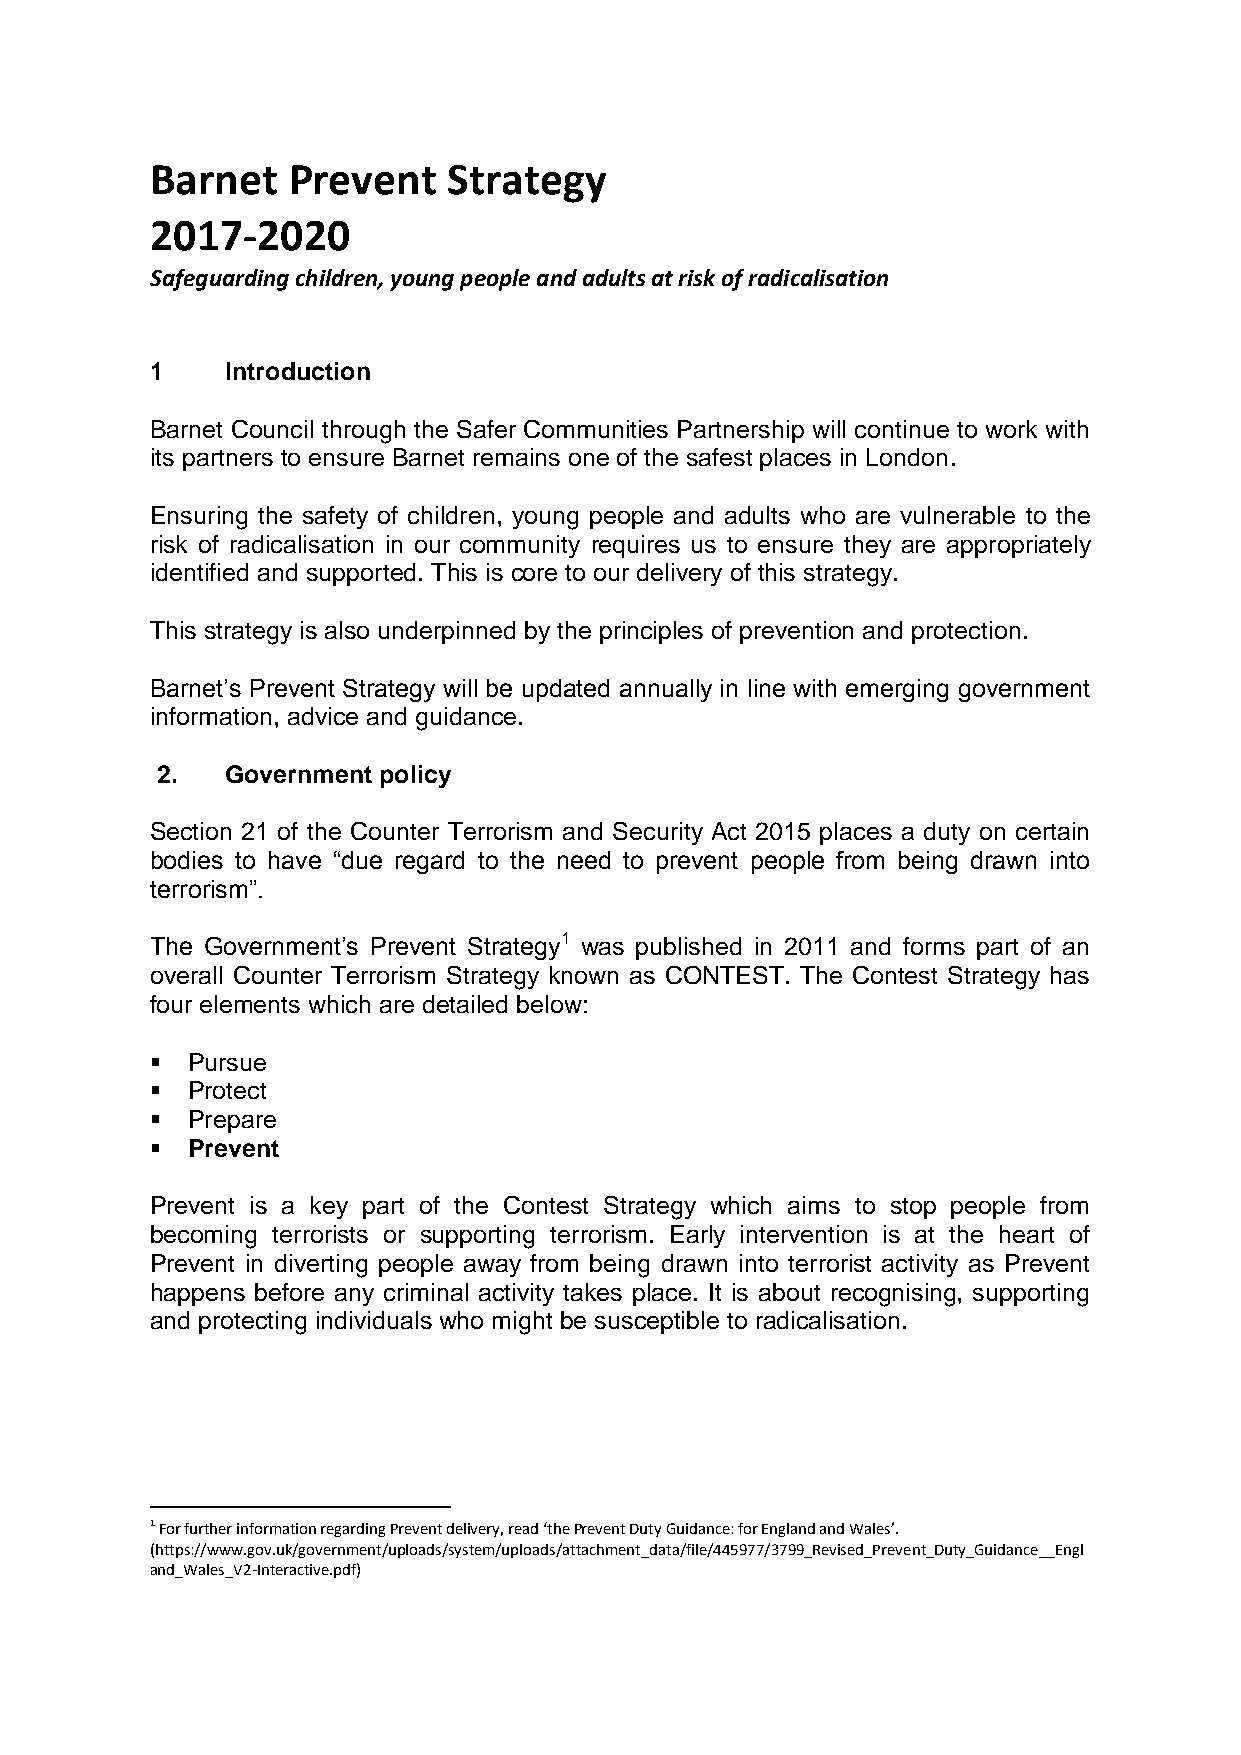
Barnet   Prevent    Strategy
 2017-2020
 Safeguarding children, young people and adults at risk of radicalisation
 1    Introduction
 Barnet Council through the Safer Communities Partnership will continue to work with
 its partners to ensure Barnet remains one of the safest places in London.
 Ensuring the safety of children, young people and adults who are vulnerable to the
 risk of radicalisation in our community requires us to ensure they are appropriately
 identified and supported. This is core to our delivery of this strategy.
 This strategy is also underpinned by the principles of prevention and protection.
 Barnet’s Prevent Strategy will be updated annually in line with emerging government
 information, advice and guidance.
 2.   Government policy
 Section 21 of the Counter Terrorism and Security Act 2015 places a duty on certain
 bodies to have “due regard to the need to prevent people from being drawn into
 terrorism”.
 The Government’s Prevent Strategy1 was published in 2011 and forms part of an
 overall Counter Terrorism Strategy known as CONTEST. The Contest Strategy has
 four elements which are detailed below:
  Pursue
  Protect
  Prepare
  Prevent
 Prevent is a key part of the Contest Strategy which aims to stop people from
 becoming terrorists or supporting terrorism. Early intervention is at the heart of
 Prevent in diverting people away from being drawn into terrorist activity as Prevent
 happens before any criminal activity takes place. It is about recognising, supporting
 and protecting individuals who might be susceptible to radicalisation.
 1 For further information regarding Prevent delivery, read ‘the Prevent Duty Guidance: for England and Wales’.
 (https://www.gov.uk/government/uploads/system/uploads/attachment_data/file/445977/3799_Revised_Prevent_Duty_Guidance__Engl
 and_Wales_V2-Interactive.pdf)